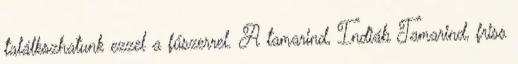
találkozhatunk ezzel a fűszerrel. A tamarind, Indiáb Tamarind, friss